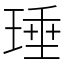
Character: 㻔